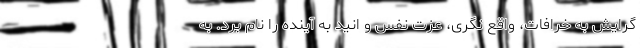
گرایش به خرافات، واقع نگری، عزت نفس و انید به آینده را نام برد. به